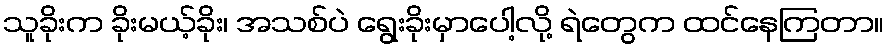
သူခိုးက ခိုးမယ့်ခိုး၊ အသစ်ပဲ ရွေးခိုးမှာပေါ့လို့ ရဲတွေက ထင်နေကြတာ။